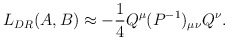
\begin{align*}L_{DR}(A,B)\approx -{1\over 4}Q^\mu (P^{-1})_{\mu\nu}Q^\nu.\end{align*}